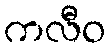
ကလီဝ